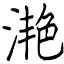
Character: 滟